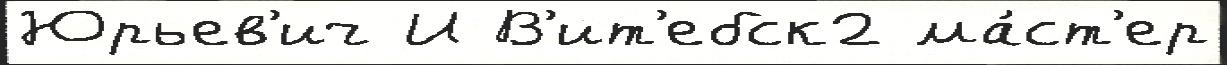
Юрьев'ич И В'ит'ебск2 ма́ст'ер